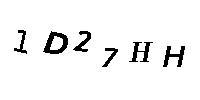
1D27HH